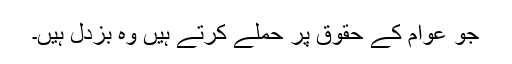
جو عوام کے حقوق پر حملے کرتے ہیں وہ بزدل ہیں۔